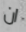
ان